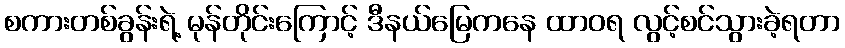
စကားတစ်ခွန်းရဲ့ မုန်တိုင်းကြောင့် ဒီနယ်မြေကနေ ထာဝရ လွင့်စင်သွားခဲ့ရတာ